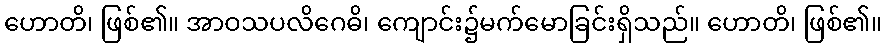
ဟောတိ၊ ဖြစ်၏။ အာဝသပလိဂေဓိ၊ ကျောင်း၌မက်မောခြင်းရှိသည်။ ဟောတိ၊ ဖြစ်၏။